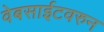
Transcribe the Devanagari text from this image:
वेबसाईटवरुन